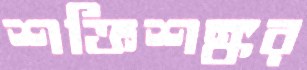
শক্তিশঙ্কর